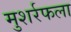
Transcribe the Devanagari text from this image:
मुशर्रफला